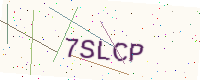
Text: 7SLCP